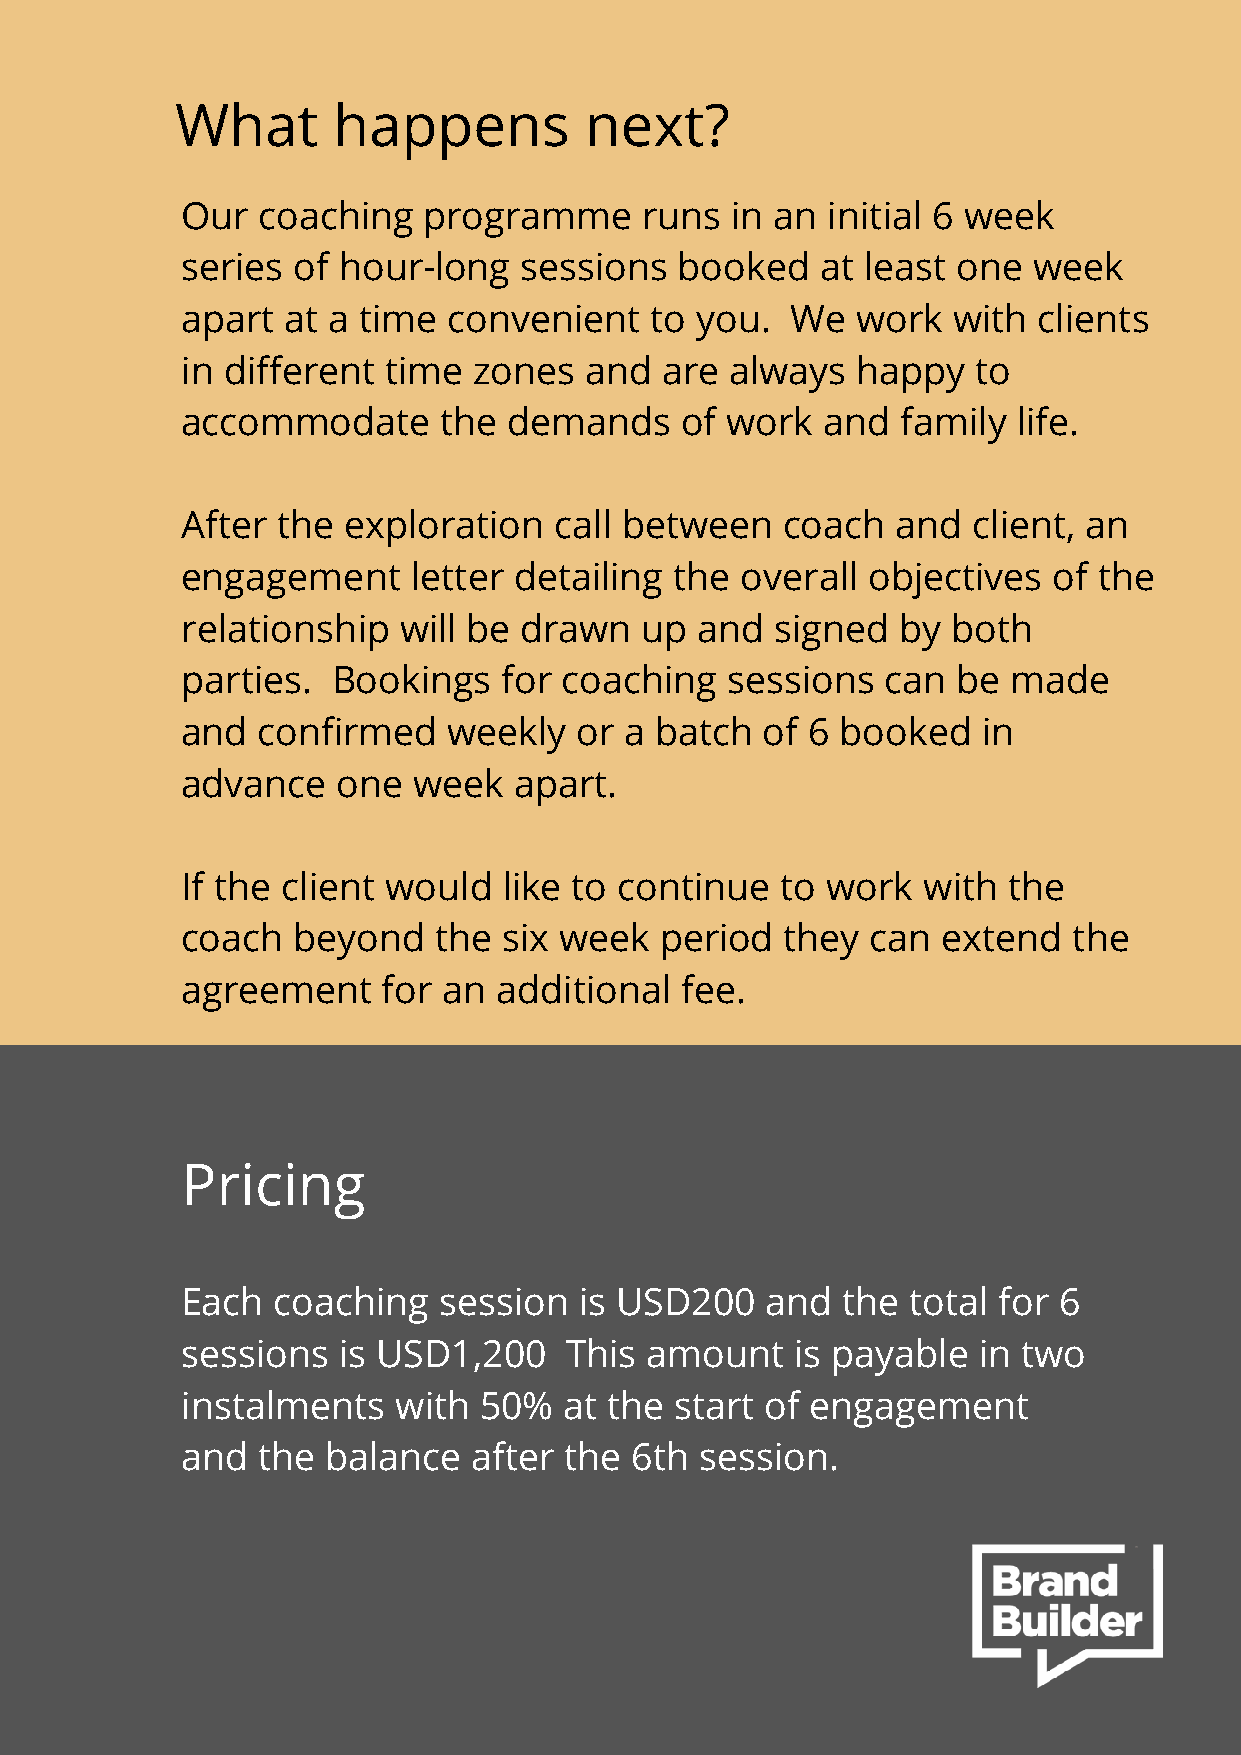
What      happens          next?
 Our  coaching   programme      runs in an  initial 6 week
 series of hour-long   sessions   booked   at least one  week
 apart  at a time  convenient   to you.  We   work  with  clients
 in different time  zones   and  are always   happy   to
 accommodate      the  demands    of work   and  family life.
 After the  exploration   call between   coach  and  client, an
 engagement     letter detailing  the overall objectives   of the
 relationship  will be drawn    up and  signed   by both
 parties.  Bookings   for coaching   sessions   can be  made
 and  confirmed    weekly  or a batch   of 6 booked   in
 advance   one  week   apart.
 If the client would  like to continue   to work  with  the
 coach  beyond    the six week   period  they  can extend   the
 agreement    for an  additional  fee.
 Pricing
 Each  coaching   session  is USD200    and  the total for 6
 sessions  is USD1,200    This  amount    is payable  in two
 instalments   with  50%  at the  start of engagement
 and  the  balance  after the  6th session.